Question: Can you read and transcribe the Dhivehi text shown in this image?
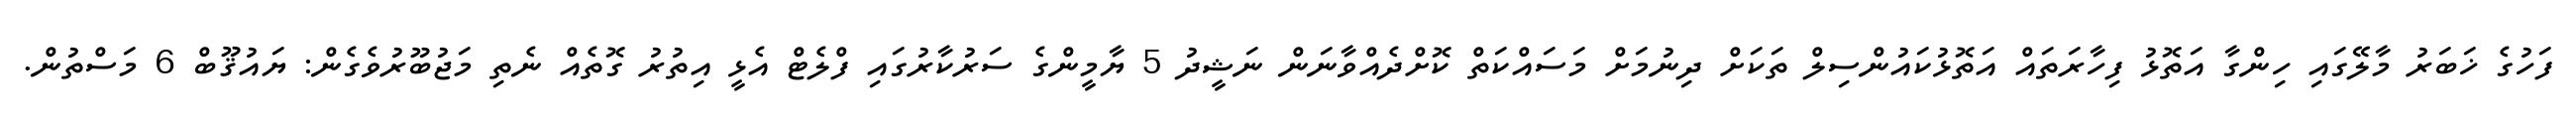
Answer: ފަހުގެ ޚަބަރު މާލޭގައި ހިންގާ އަތޮޅު ފިހާރަތައް އަތޮޅުކައުންސިލް ތަކަށް ދިނުމަށް މަސައްކަތް ކޮށްދެއްވާނަން ނަޝީދު 5 ޔާމީންގެ ސަރުކާރުގައި ފްލެޓް އެޅީ އިތުރު ގޮތެއް ނެތި މަޖުބޫރުވެގެން: ޔައުޤޫބް 6 މަސްތުން.